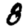
Digit: 8